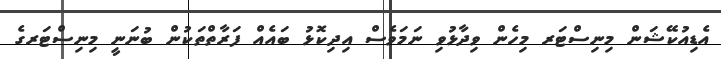
އެޑިއުކޭޝަން މިނިސްޓަރ މިހެން ވިދާޅުވި ނަމަވެސް އިދިކޮޅު ބައެއް ފަރާތްތަކުން ބުނަނީ މިނިސްޓަރގެ